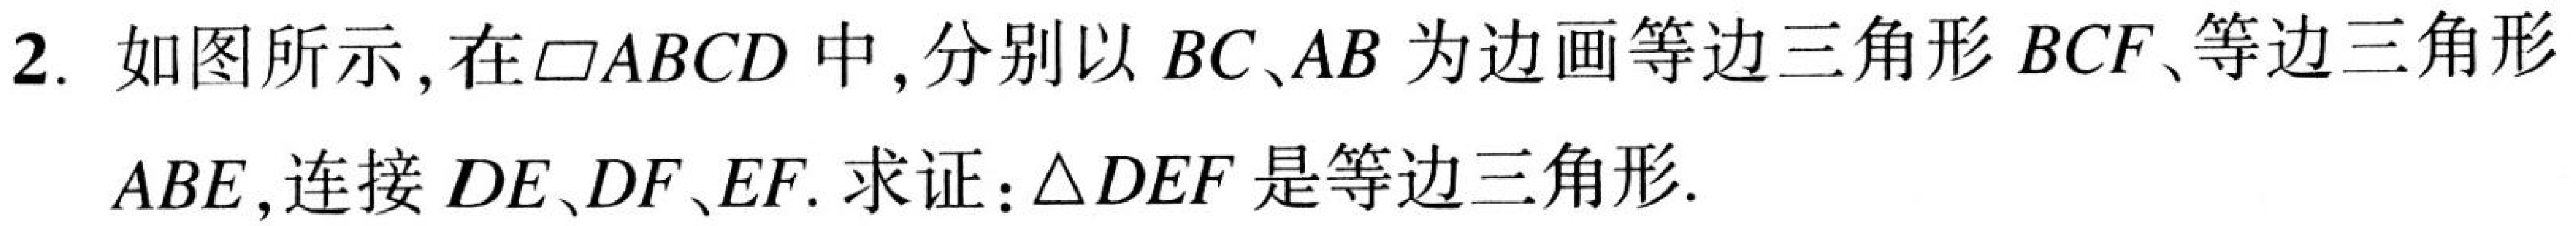
2. 如图所示, 在\(\square ABCD\) 中, 分别以 \(BC、AB\) 为边画等边三角形 \(BCF\)、等边三角形 \(ABE\), 连接 \(DE、DF、EF\). 求证：\(\triangle DEF\) 是等边三角形.